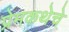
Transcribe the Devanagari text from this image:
प्रेमकथेचे